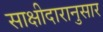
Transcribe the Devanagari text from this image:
साक्षीदारानुसार